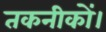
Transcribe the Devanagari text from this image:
तकनीकों।